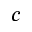
^ { c }